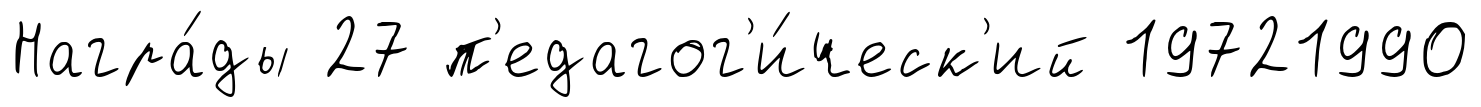
Награ́ды 27 п'едагог'и́ческ'ий 19721990